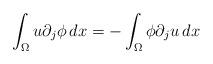
LaTeX: \begin{align*}\int_{\Omega}u\partial_j\phi\,dx=-\int_{\Omega}\phi\partial_ju\,dx\end{align*}